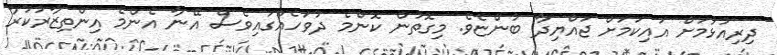
ދިރިއުޅުމަށް އައިކަމަށް ޖައްޔިދާ ބުންޏެވެ. މިގޮތުން ކޮންމެ ދުވަހެއްގައިވެސް އޭނާ އެންމެ އިންތިޒާރުކުރާ